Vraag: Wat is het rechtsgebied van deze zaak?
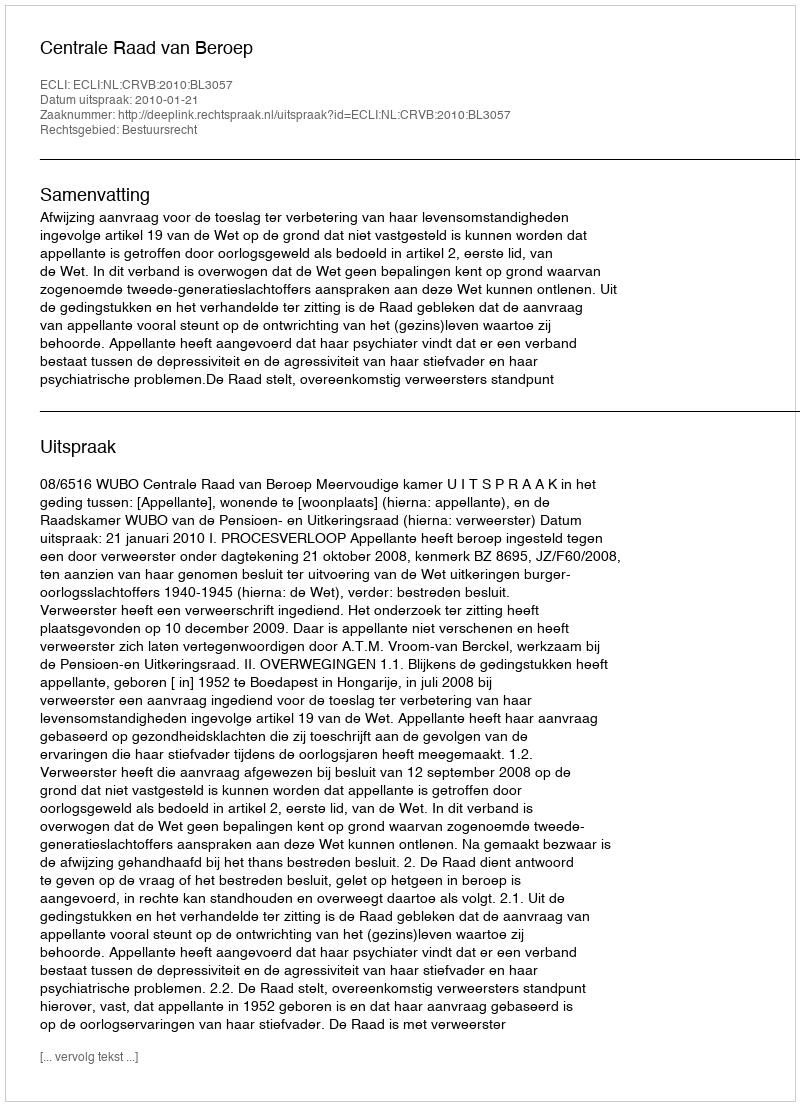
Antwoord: Bestuursrecht